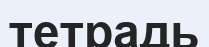
тетрадь